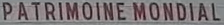
PATRIMOINEMONDIAL